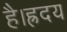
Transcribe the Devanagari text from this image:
है।ह्रदय